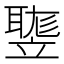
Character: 𥪻